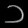
Digit: ၁